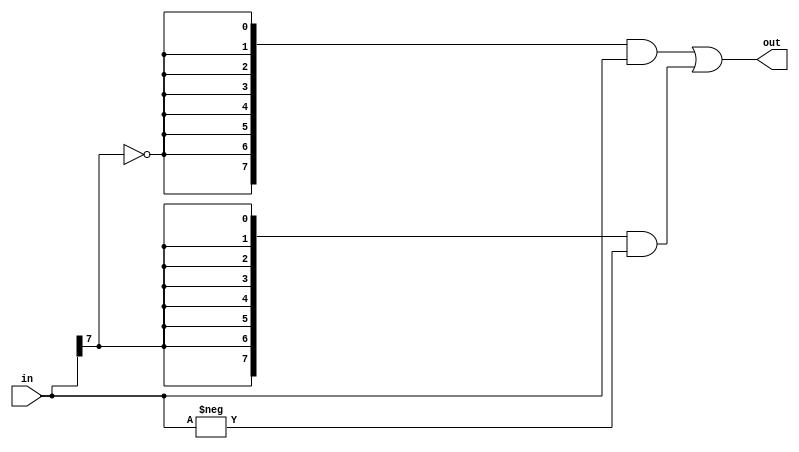
module abs # (
  parameter DW = 8
) (
  output [DW-1:0] out,
  input [DW-1:0] in
);

  wire neg;
  wire [DW-1:0] abs;

  assign neg = in[DW-1] == 1'b1;
  assign abs =
          ({DW{~neg}} &  in)
        | ({DW{ neg}} & -in);
  assign out = abs;

endmodule